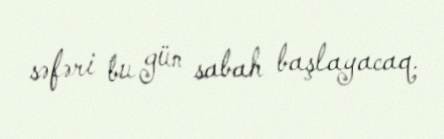
səfəri bu gün sabah başlayacaq.